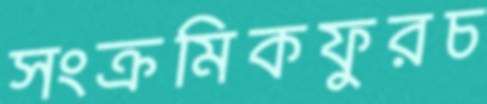
সংক্রমিকফুরচ